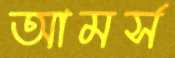
আমর্স